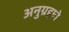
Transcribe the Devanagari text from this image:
अनुग्रहाने